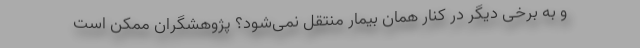
و به برخی دیگر در کنار همان بیمار منتقل نمی‌شود؟ پژوهشگران ممکن است